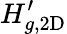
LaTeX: H_{g,\mathrm{2D}}^{\prime}